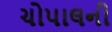
ચોપાલની